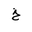
Letter: _kha